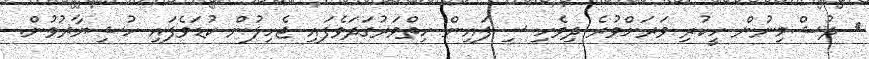
ދުޝްމިނުން ހީކުރި ވަރަށްވުރެ ދިވެހި ސިފައިން ހިތްވަރުގަދަވެފައި ޖެހިލުން ކުޑަވެފައި ހުޝިޔާރުވުން.